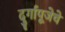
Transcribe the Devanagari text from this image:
दुर्गापूजेचे